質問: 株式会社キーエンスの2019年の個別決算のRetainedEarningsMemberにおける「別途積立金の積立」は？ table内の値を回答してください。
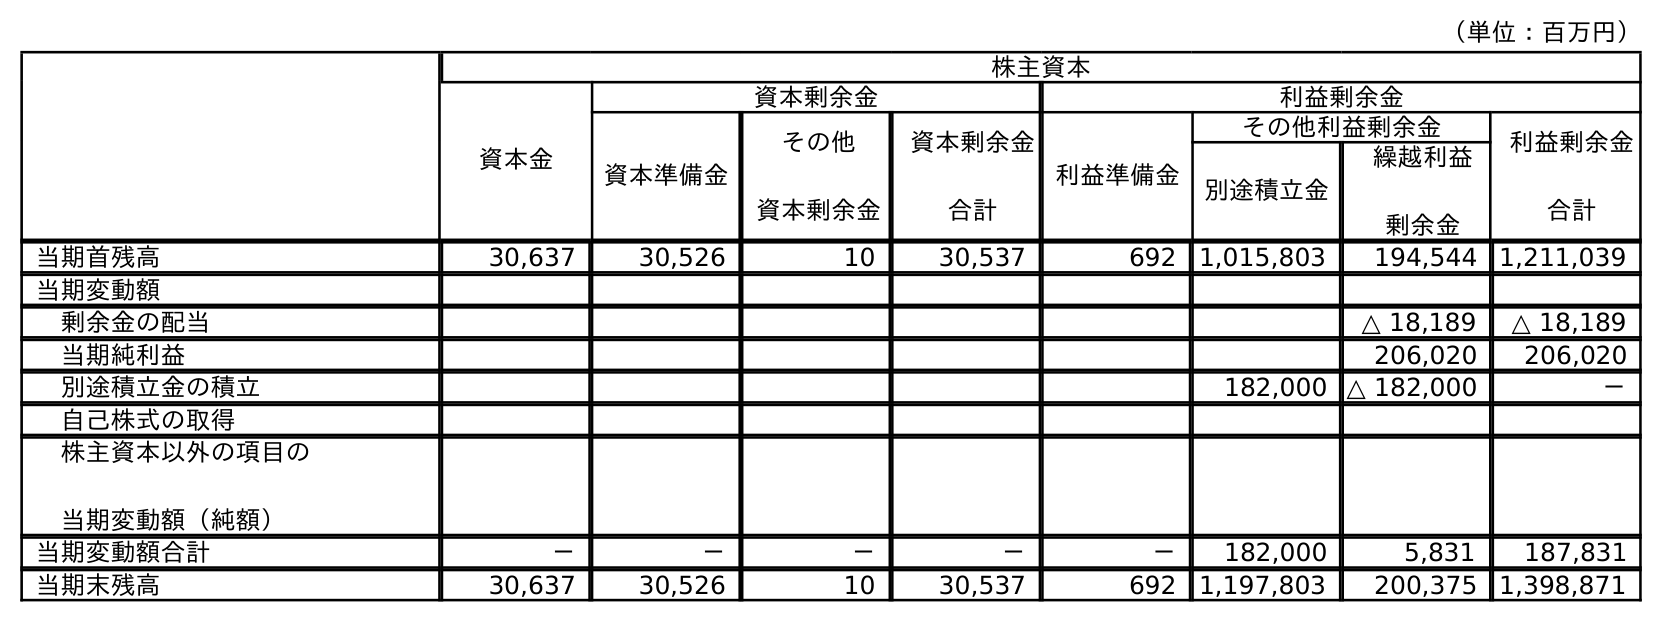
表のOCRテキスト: （単位：百万円） 株主資本 資本金 資本剰余金 利益剰余金 資本準備金 その他 資本剰余金 資本剰余金 合計 利益準備金 その他利益剰余金 利益剰余金 合計 別途積立金 繰越利益 剰余金 当期首残高 30,637 30,526 10 30,537 692 1,015,803 194,544 1,211,039 当期変動額 剰余金の配当 △ 18,189 △ 18,189 当期純利益 206,020 206,020 別途積立金の積立 182,000 △ 182,000 － 自己株式の取得 株主資本以外の項目の 当期変動額（純額） 当期変動額合計 － － － － － 182,000 5,831 187,831 当期末残高 30,637 30,526 10 30,537 692 1,197,803 200,375 1,398,871
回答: －